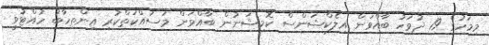
މިމަހުގެ 19 ދުވަހު ބާއްވަން އިލެކްޝަންސް ކޮމިޝަނުން ބާއްވަން މަސައްކަތްކުރި އިންތިހާބު ހުއްޓުވީ